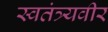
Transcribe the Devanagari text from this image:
स्वतंत्र्यवीर